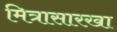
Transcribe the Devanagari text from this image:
मित्रासारखा